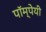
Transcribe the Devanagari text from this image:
पॉम्पेयी